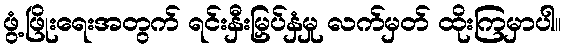
ဖွံ့ဖြိုးရေးအတွက် ရင်းနှီးမြှပ်နှံမှု လက်မှတ် ထိုးကြမှာပါ။